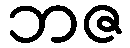
ဘဇ